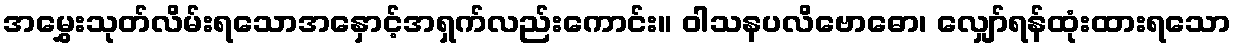
အမွှေးသုတ်လိမ်းရသောအနှောင့်အရှက်လည်းကောင်း။ ဝါသနပလိဗောဓော၊ လျှော်ရန်ထုံးထားရသော